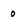
Character: 0